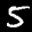
Label: 5